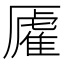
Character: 𫨡